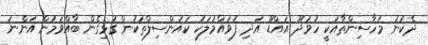
ދެކުނު މަހާސިންތާއަކީ ހުވަދޫ އައްޑޫ އަދި ފުވައްމުލަކު ކައުންސިލްތަކުން ގުޅިގެން ބާއްވަމުން އަންނަ